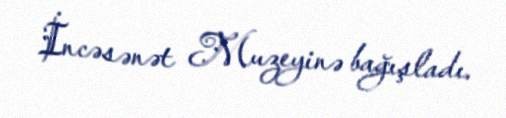
İncəsənət Muzeyinə bağışladı.